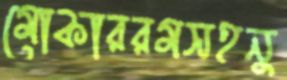
মোকাররমসহনু